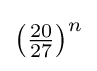
{\textstyle \left({\frac {20}{27}}\right)^{n}}